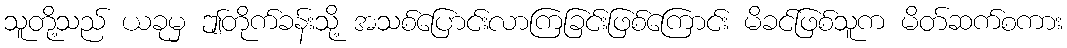
သူတို့သည် ယခုမှ ဤတိုက်ခန်းသို့ အသစ်ပြောင်းလာကြခြင်းဖြစ်ကြောင်း မိခင်ဖြစ်သူက မိတ်ဆက်စကား